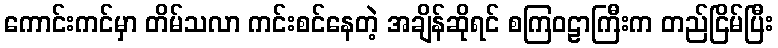
ကောင်းကင်မှာ တိမ်သလာ ကင်းစင်နေတဲ့ အချိန်ဆိုရင် စကြဝဠာကြီးက တည်ငြိမ်ပြီး